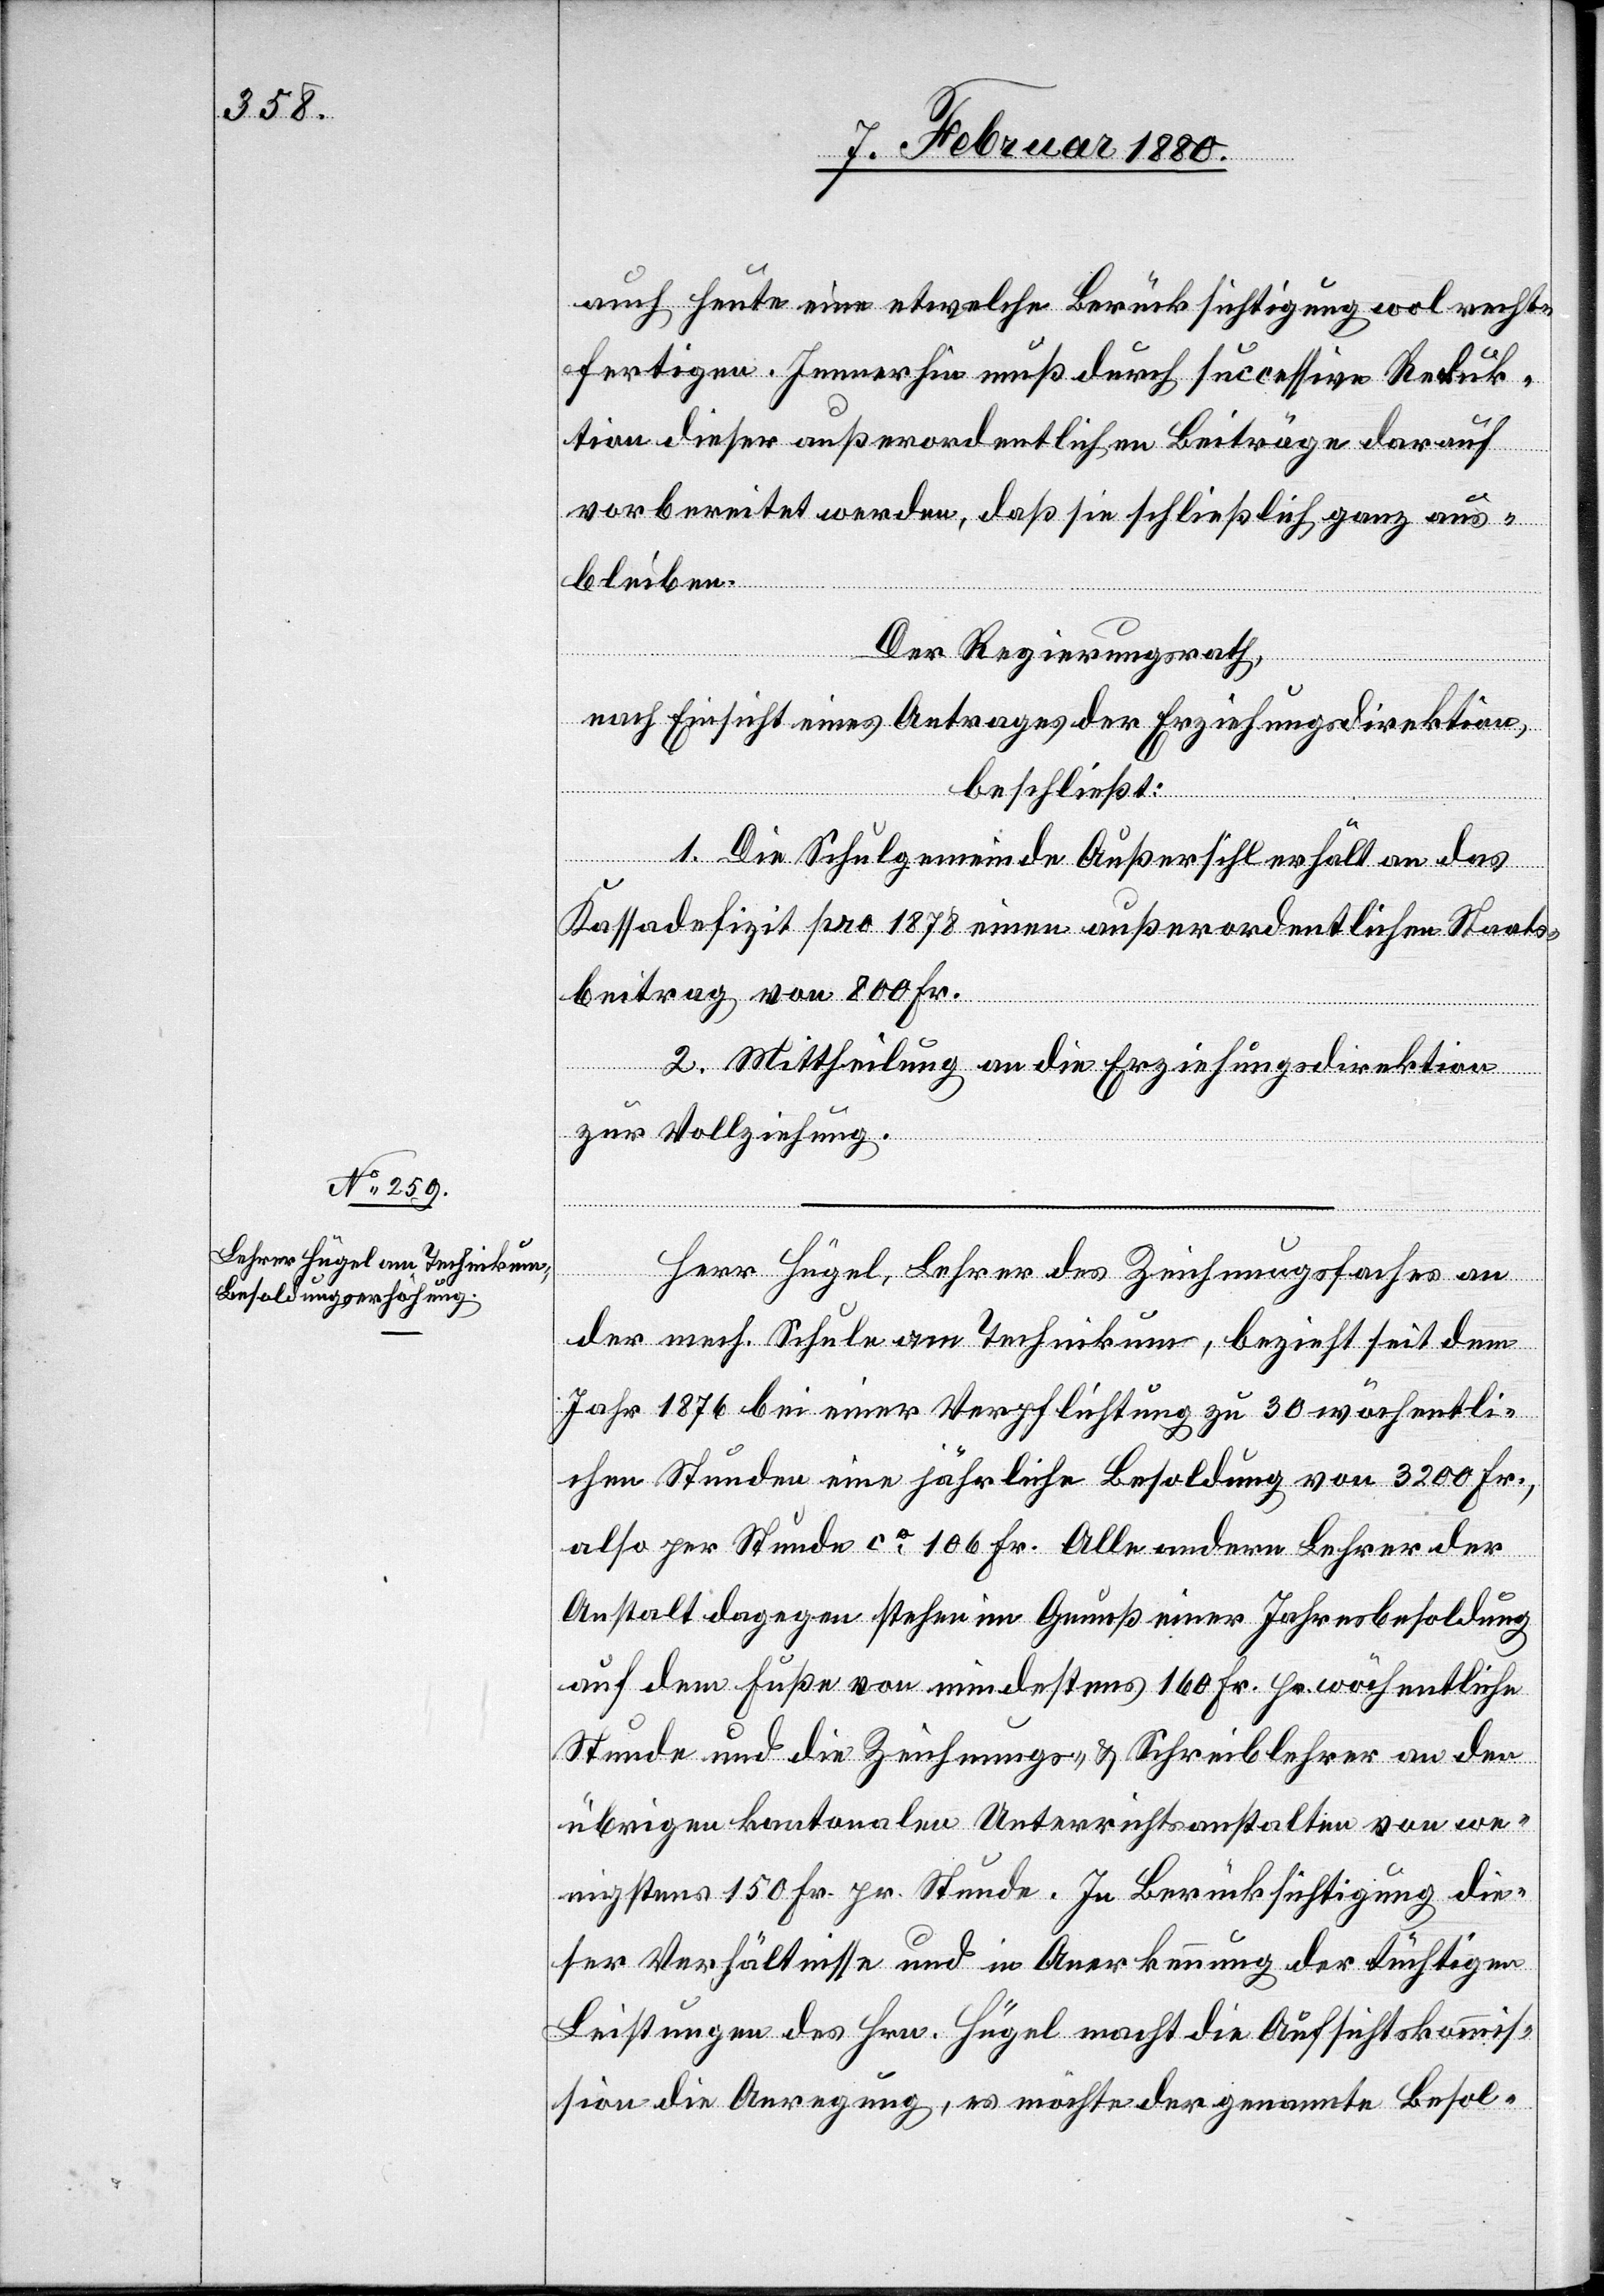
auch heute eine etwelche Berücksichtigung wol recht¬
fertigen. Immerhin muß durch successive Reduk¬
tion dieser außerordentlichen Beiträge darauf
vorbereitet werden, daß sie schließlich ganz aus¬
bleiben.
Der Regierungsrath,
nach Einsicht eines Antrages der Erziehungsdirektion,
beschließt:
1. Die Schulgemeinde Außersihl erhält an das
Kassadefizit pro 1878 einen außerordentlichen Staats¬
beitrag von 800 Fr.
2. Mittheilung an die Erziehungsdirektion
zur Vollziehung.
Herr Hügel, Lehrer des Zeichnungsfaches an
der mech. Schule am Technikum, bezieht seit dem
Jahr 1876 bei einer Verpflichtung zu 30 wöchentli¬
chen Stunden eine jährliche Besoldung von 3200 Fr.,
also per Stunde ca 106 Fr. Alle andern Lehrer der
Anstalt dagegen stehen im Genuß einer Jahresbesoldung
auf dem Fuße von mindestens 160 Fr. pr. wöchentliche
Stunde und die Zeichnungs- & Schreiblehrer an den
übrigen kantonalen Unterrichtsanstalten von we¬
nigstens 150 Fr. pr. Stunde. In Berücksichtigung die¬
ser Verhältnisse und in Anerkennung der tüchtigen
Leistungen des Hrn. Hügel macht die Aufsichtskommis¬
sion die Anregung, es möchte der genannte Besol-